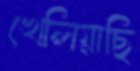
খেলিয়াছি